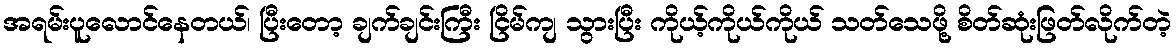
အရမ်းပူလောင်နေတယ်၊ ပြီးတော့ ချက်ချင်းကြီး ငြိမ်ကျ သွားပြီး ကိုယ့်ကိုယ်ကိုယ် သတ်သေဖို့ စိတ်ဆုံးဖြတ်လိုက်တဲ့